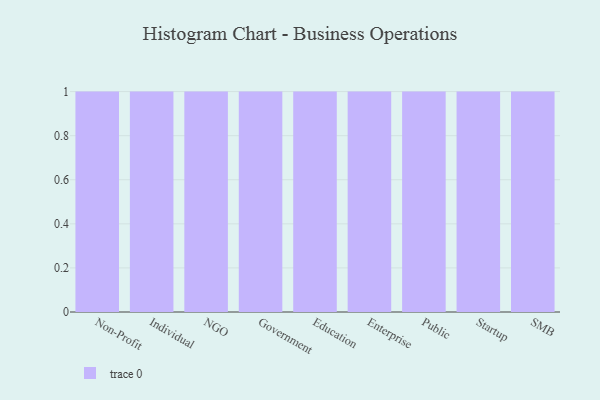
{"axis": {"x": "Segment", "y": "Shipments"}, "legend": [""], "data": [{"x": "Non-Profit", "y": 99, "type": ""}, {"x": "Individual", "y": 77, "type": ""}, {"x": "NGO", "y": 5, "type": ""}, {"x": "Government", "y": 89, "type": ""}, {"x": "Education", "y": 48, "type": ""}, {"x": "Enterprise", "y": 37, "type": ""}, {"x": "Public", "y": 1, "type": ""}, {"x": "Startup", "y": 29, "type": ""}, {"x": "SMB", "y": 62, "type": ""}]}